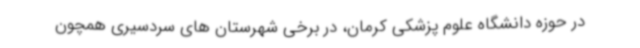
در حوزه دانشگاه علوم پزشکی کرمان، در برخی شهرستان های سردسیری همچون